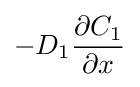
-D_{1}{\frac {\partial C_{1}}{\partial x}}